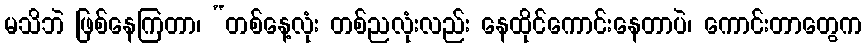
မသိဘဲ ဖြစ်နေကြတာ၊ “တစ်နေ့လုံး တစ်ညလုံးလည်း နေထိုင်ကောင်းနေတာပဲ၊ ကောင်းတာတွေက